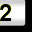
Digit: 2